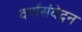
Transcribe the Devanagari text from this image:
वर्णसंवेदन